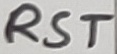
Text: RST